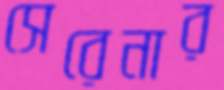
সেরেনার